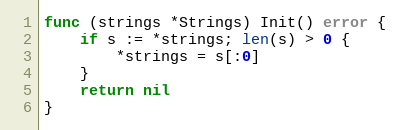
Language: Go
func (strings *Strings) Init() error {
	if s := *strings; len(s) > 0 {
		*strings = s[:0]
	}
	return nil
}